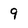
Character: 9